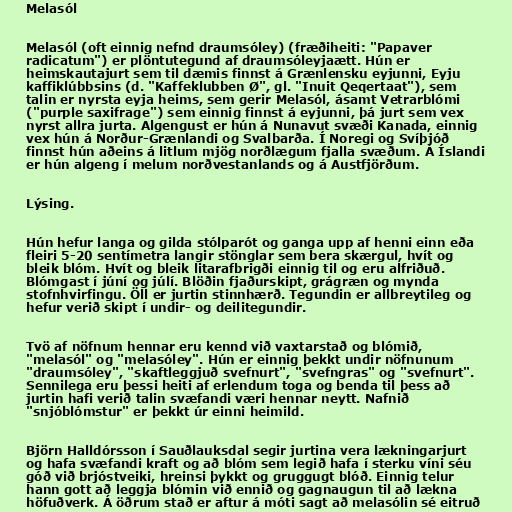
Melasól

Melasól (oft einnig nefnd draumsóley) (fræðiheiti: "Papaver
radicatum") er plöntutegund af draumsóleyjaætt. Hún er
heimskautajurt sem til dæmis finnst á Grænlensku eyjunni, Eyju
kaffiklúbbsins (d. "Kaffeklubben Ø", gl. "Inuit Qeqertaat"), sem
talin er nyrsta eyja heims, sem gerir Melasól, ásamt Vetrarblómi
("purple saxifrage") sem einnig finnst á eyjunni, þá jurt sem vex
nyrst allra jurta. Algengust er hún á Nunavut svæði Kanada, einnig
vex hún á Norður-Grænlandi og Svalbarða. Í Noregi og Svíþjóð
finnst hún aðeins á litlum mjög norðlægum fjalla svæðum. Á Íslandi
er hún algeng í melum norðvestanlands og á Austfjörðum.

Lýsing.

Hún hefur langa og gilda stólparót og ganga upp af henni einn eða
fleiri 5-20 sentímetra langir stönglar sem bera skærgul, hvít og
bleik blóm. Hvít og bleik litarafbrigði einnig til og eru alfriðuð.
Blómgast í júní og júlí. Blöðin fjaðurskipt, grágræn og mynda
stofnhvirfingu. Öll er jurtin stinnhærð. Tegundin er allbreytileg og
hefur verið skipt í undir- og deilitegundir.

Tvö af nöfnum hennar eru kennd við vaxtarstað og blómið,
"melasól" og "melasóley". Hún er einnig þekkt undir nöfnunum
"draumsóley", "skaftleggjuð svefnurt", "svefngras" og "svefnurt".
Sennilega eru þessi heiti af erlendum toga og benda til þess að
jurtin hafi verið talin svæfandi væri hennar neytt. Nafnið
"snjóblómstur" er þekkt úr einni heimild.

Björn Halldórsson í Sauðlauksdal segir jurtina vera lækningarjurt
og hafa svæfandi kraft og að blóm sem legið hafa í sterku víni séu
góð við brjóstveiki, hreinsi þykkt og gruggugt blóð. Einnig telur
hann gott að leggja blómin við ennið og gagnaugun til að lækna
höfuðverk. Á öðrum stað er aftur á móti sagt að melasólin sé eitruð